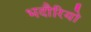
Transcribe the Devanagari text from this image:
भदौरियो